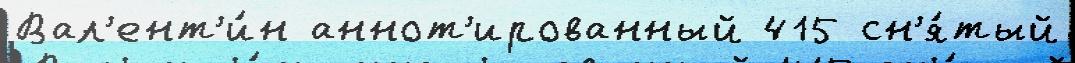
Вал'ент'и́н аннот'ированный 415 сн'я́тый